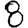
Digit: 8